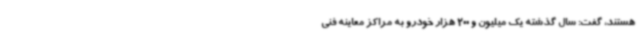
هستند، گفت: سال گذشته یک میلیون و 200 هزار خودرو به مراکز معاینه فنی